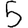
Digit: 5